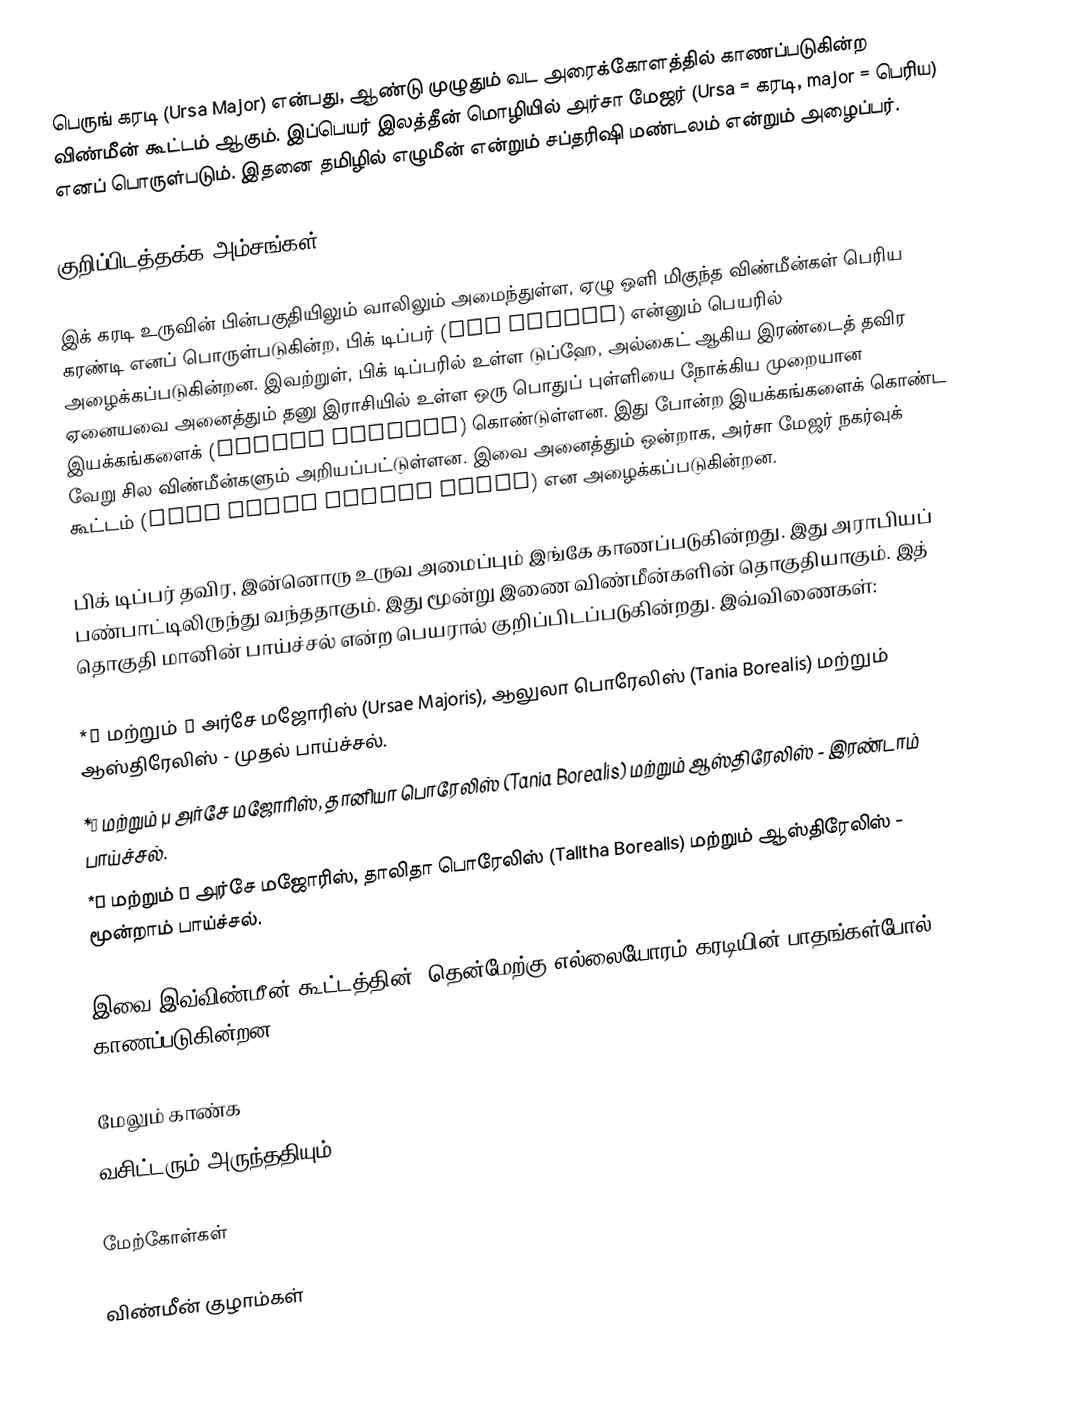
பெருங் கரடி (Ursa Major) என்பது, ஆண்டு முழுதும் வட அரைக்கோளத்தில் காணப்படுகின்ற விண்மீன் கூட்டம் ஆகும். இப்பெயர் இலத்தீன் மொழியில் அர்சா மேஜர் (Ursa = கரடி, major = பெரிய) எனப் பொருள்படும். இதனை தமிழில் எழுமீன் என்றும் சப்தரிஷி மண்டலம் என்றும் அழைப்பர்.

குறிப்பிடத்தக்க அம்சங்கள்

இக் கரடி உருவின் பின்பகுதியிலும் வாலிலும் அமைந்துள்ள, ஏழு ஒளி மிகுந்த விண்மீன்கள் பெரிய கரண்டி எனப் பொருள்படுகின்ற, பிக் டிப்பர் (Big Dipper) என்னும் பெயரில் அழைக்கப்படுகின்றன. இவற்றுள், பிக் டிப்பரில் உள்ள டுப்ஹே, அல்கைட் ஆகிய இரண்டைத் தவிர ஏனையவை அனைத்தும் தனு இராசியில் உள்ள ஒரு பொதுப் புள்ளியை நோக்கிய முறையான இயக்கங்களைக் (proper motions) கொண்டுள்ளன. இது போன்ற இயக்கங்களைக் கொண்ட வேறு சில விண்மீன்களும் அறியப்பட்டுள்ளன. இவை அனைத்தும் ஒன்றாக, அர்சா மேஜர் நகர்வுக் கூட்டம் (Ursa Major Moving Group) என அழைக்கப்படுகின்றன.

பிக் டிப்பர் தவிர, இன்னொரு உருவ அமைப்பும் இங்கே காணப்படுகின்றது. இது அராபியப் பண்பாட்டிலிருந்து வந்ததாகும். இது மூன்று இணை விண்மீன்களின் தொகுதியாகும். இத் தொகுதி மானின் பாய்ச்சல் என்ற பெயரால் குறிப்பிடப்படுகின்றது. இவ்விணைகள்:

 *ν மற்றும் ξ அர்சே மஜோரிஸ் (Ursae Majoris), ஆலுலா பொரேலிஸ் (Tania Borealis) மற்றும் ஆஸ்திரேலிஸ் - முதல் பாய்ச்சல்.
 *λ மற்றும் μ அர்சே மஜோரிஸ், தானியா பொரேலிஸ் (Tania Borealis) மற்றும் ஆஸ்திரேலிஸ் - இரண்டாம் பாய்ச்சல்.
 *ι மற்றும் κ அர்சே மஜோரிஸ், தாலிதா பொரேலிஸ் (Talitha Borealis) மற்றும் ஆஸ்திரேலிஸ் - மூன்றாம் பாய்ச்சல்.

இவை இவ்விண்மீன் கூட்டத்தின், தென்மேற்கு எல்லையோரம் கரடியின் பாதங்கள்போல் காணப்படுகின்றன.

மேலும் காண்க
வசிட்டரும் அருந்ததியும்

மேற்கோள்கள்

விண்மீன் குழாம்கள்